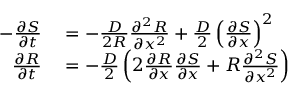
\begin{array} { r l } { - \frac { \partial S } { \partial t } } & { { } = - \frac { D } { 2 R } \frac { \partial ^ { 2 } R } { \partial x ^ { 2 } } + \frac { D } { 2 } \left( \frac { \partial S } { \partial x } \right) ^ { 2 } } \\ { \frac { \partial R } { \partial t } } & { { } = - \frac { D } { 2 } \left( 2 \frac { \partial R } { \partial x } \frac { \partial S } { \partial x } + R \frac { \partial ^ { 2 } S } { \partial x ^ { 2 } } \right) } \end{array}